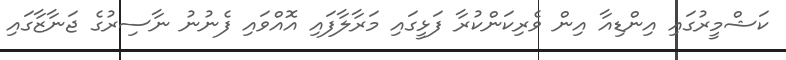
ކަޝްމީރުގައި އިންޑިއާ އިން ވެރިކަންކުރާ ފަޅީގައި މަރާލާފައި އޮއްވައި ފެނުނު ނާސިރުގެ ޖަނާޒާގައި